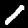
Digit: 1